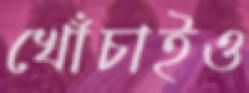
খোঁচাইও